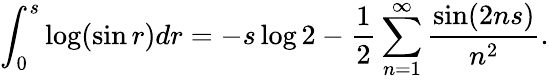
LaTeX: \int_{0}^{s}\log(\sin r)dr=-s\log 2-\frac{1}{2}\sum_{n=1}^{\infty}\frac{\sin(2ns)}{n^{2}}.